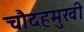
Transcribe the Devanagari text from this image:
चौदहमुखी